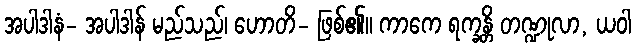
အပါဒါနံ- အပါဒါန် မည်သည်၊ ဟောတိ- ဖြစ်၏။ ကာကေ ရက္ခန္တိ တဏ္ဍုလာ, ယဝါ